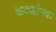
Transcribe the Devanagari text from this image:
कन्यांच्या